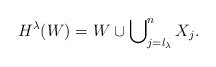
\begin{align*}H^{\lambda}(W) = W \cup \bigcup\nolimits^{n}_{ j=l_\lambda} X_j.\end{align*}